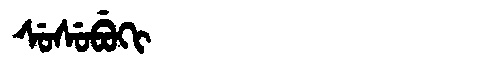
Manchu: ᠰᡠᠰᡠᠪᡠᡴᡳ
Romanization: SUSUBUKI